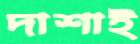
দাশাই